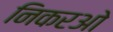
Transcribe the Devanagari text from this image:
निकरओ